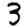
Digit: 3